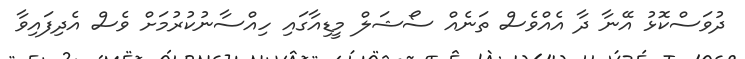
ދުވަސްކޮޅު އޭނާ ދާ އެއްވެސް ތަނެއް ސޯޝަލް މީޑިއާގައި ހިއްސާނުކުރުމަށް ވެސް އެދިފައިވާ